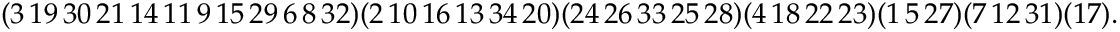
\begin{array} { r } { ( 3 \thinspace 1 9 \thinspace 3 0 \thinspace 2 1 \thinspace 1 4 \thinspace 1 1 \thinspace 9 \thinspace 1 5 \thinspace 2 9 \thinspace 6 \thinspace 8 \thinspace 3 2 ) ( 2 \thinspace 1 0 \thinspace 1 6 \thinspace 1 3 \thinspace 3 4 \thinspace 2 0 ) ( 2 4 \thinspace 2 6 \thinspace 3 3 \thinspace 2 5 \thinspace 2 8 ) ( 4 \thinspace 1 8 \thinspace 2 2 \thinspace 2 3 ) ( 1 \thinspace 5 \thinspace 2 7 ) ( 7 \thinspace 1 2 \thinspace 3 1 ) ( 1 7 ) . } \end{array}